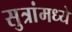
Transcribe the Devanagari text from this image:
सुत्रांमध्ये